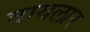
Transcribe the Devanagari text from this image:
वायलार